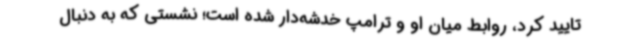
تایید کرد، روابط میان او و ترامپ خدشه‌دار شده است؛ نشستی که به دنبال